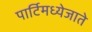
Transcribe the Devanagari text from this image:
पार्टिमध्येजाते